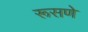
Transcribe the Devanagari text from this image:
रूसणे